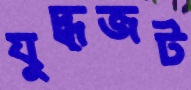
যুদ্ধজট